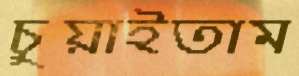
চুয়াইতাম